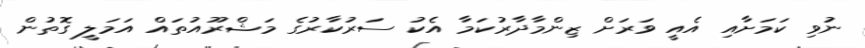
ނުވި ކަމަށާއި އެއީ ވަރަށް ޒިންމާދާރުކަމާ އެކު ސަރުކާރުގެ މަޝްރޫއުތައް އަމަލީ ގޮތުން